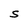
Character: S